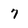
Character: 7